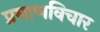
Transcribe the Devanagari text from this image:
प्रमाणविचार